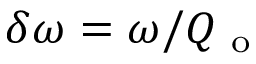
\delta \omega = \omega / Q _ { \mathrm { ~ o ~ } }